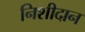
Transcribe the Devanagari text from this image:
निशीदान